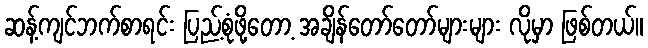
ဆန့်ကျင်ဘက်စာရင်း ပြည့်စုံဖို့တော့ အချိန်တော်တော်များများ လိုမှာ ဖြစ်တယ်။